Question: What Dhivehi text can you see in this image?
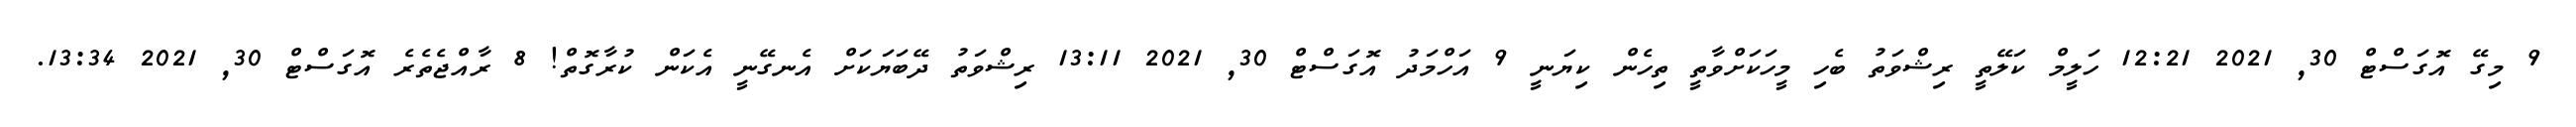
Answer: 9 މިގޭ އޮގަސްޓް 30, 2021 12:21 ހަލީމް ކަލޭތީ ރިޝްވަތު ބެހި މީހަކަށްވާތީ ތިހެން ކިޔަނީ 9 އަހްމަދު އޮގަސްޓް 30, 2021 13:11 ރިޝްވަތު ދޭބަޔަކަށް އެނގޭނީ އެކަން ކުރާގޮތް! 8 ރާއްޖެތެރެ އޮގަސްޓް 30, 2021 13:34.